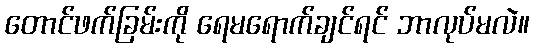
တောင်ဖက်ခြမ်းကို ရေမရောက်ချင်ရင် ဘာလုပ်မလဲ။